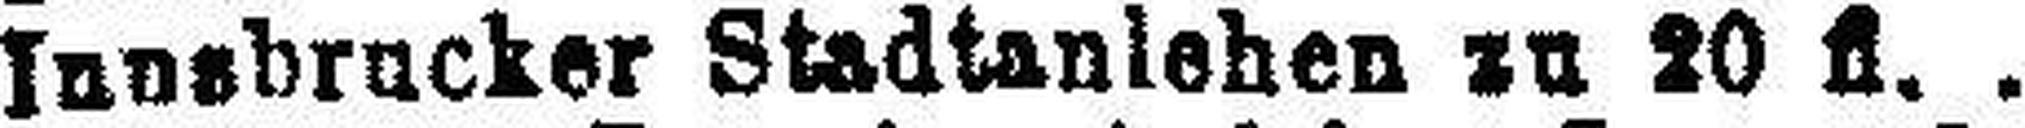
Innsbrucker Stadtanlehen zu 20 fl.